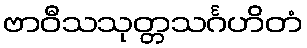
ဗာဝီသသုတ္တသင်္ဂဟိတံ